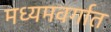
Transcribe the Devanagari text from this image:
मध्यमवर्गात